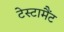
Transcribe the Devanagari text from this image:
टेस्टामैंट